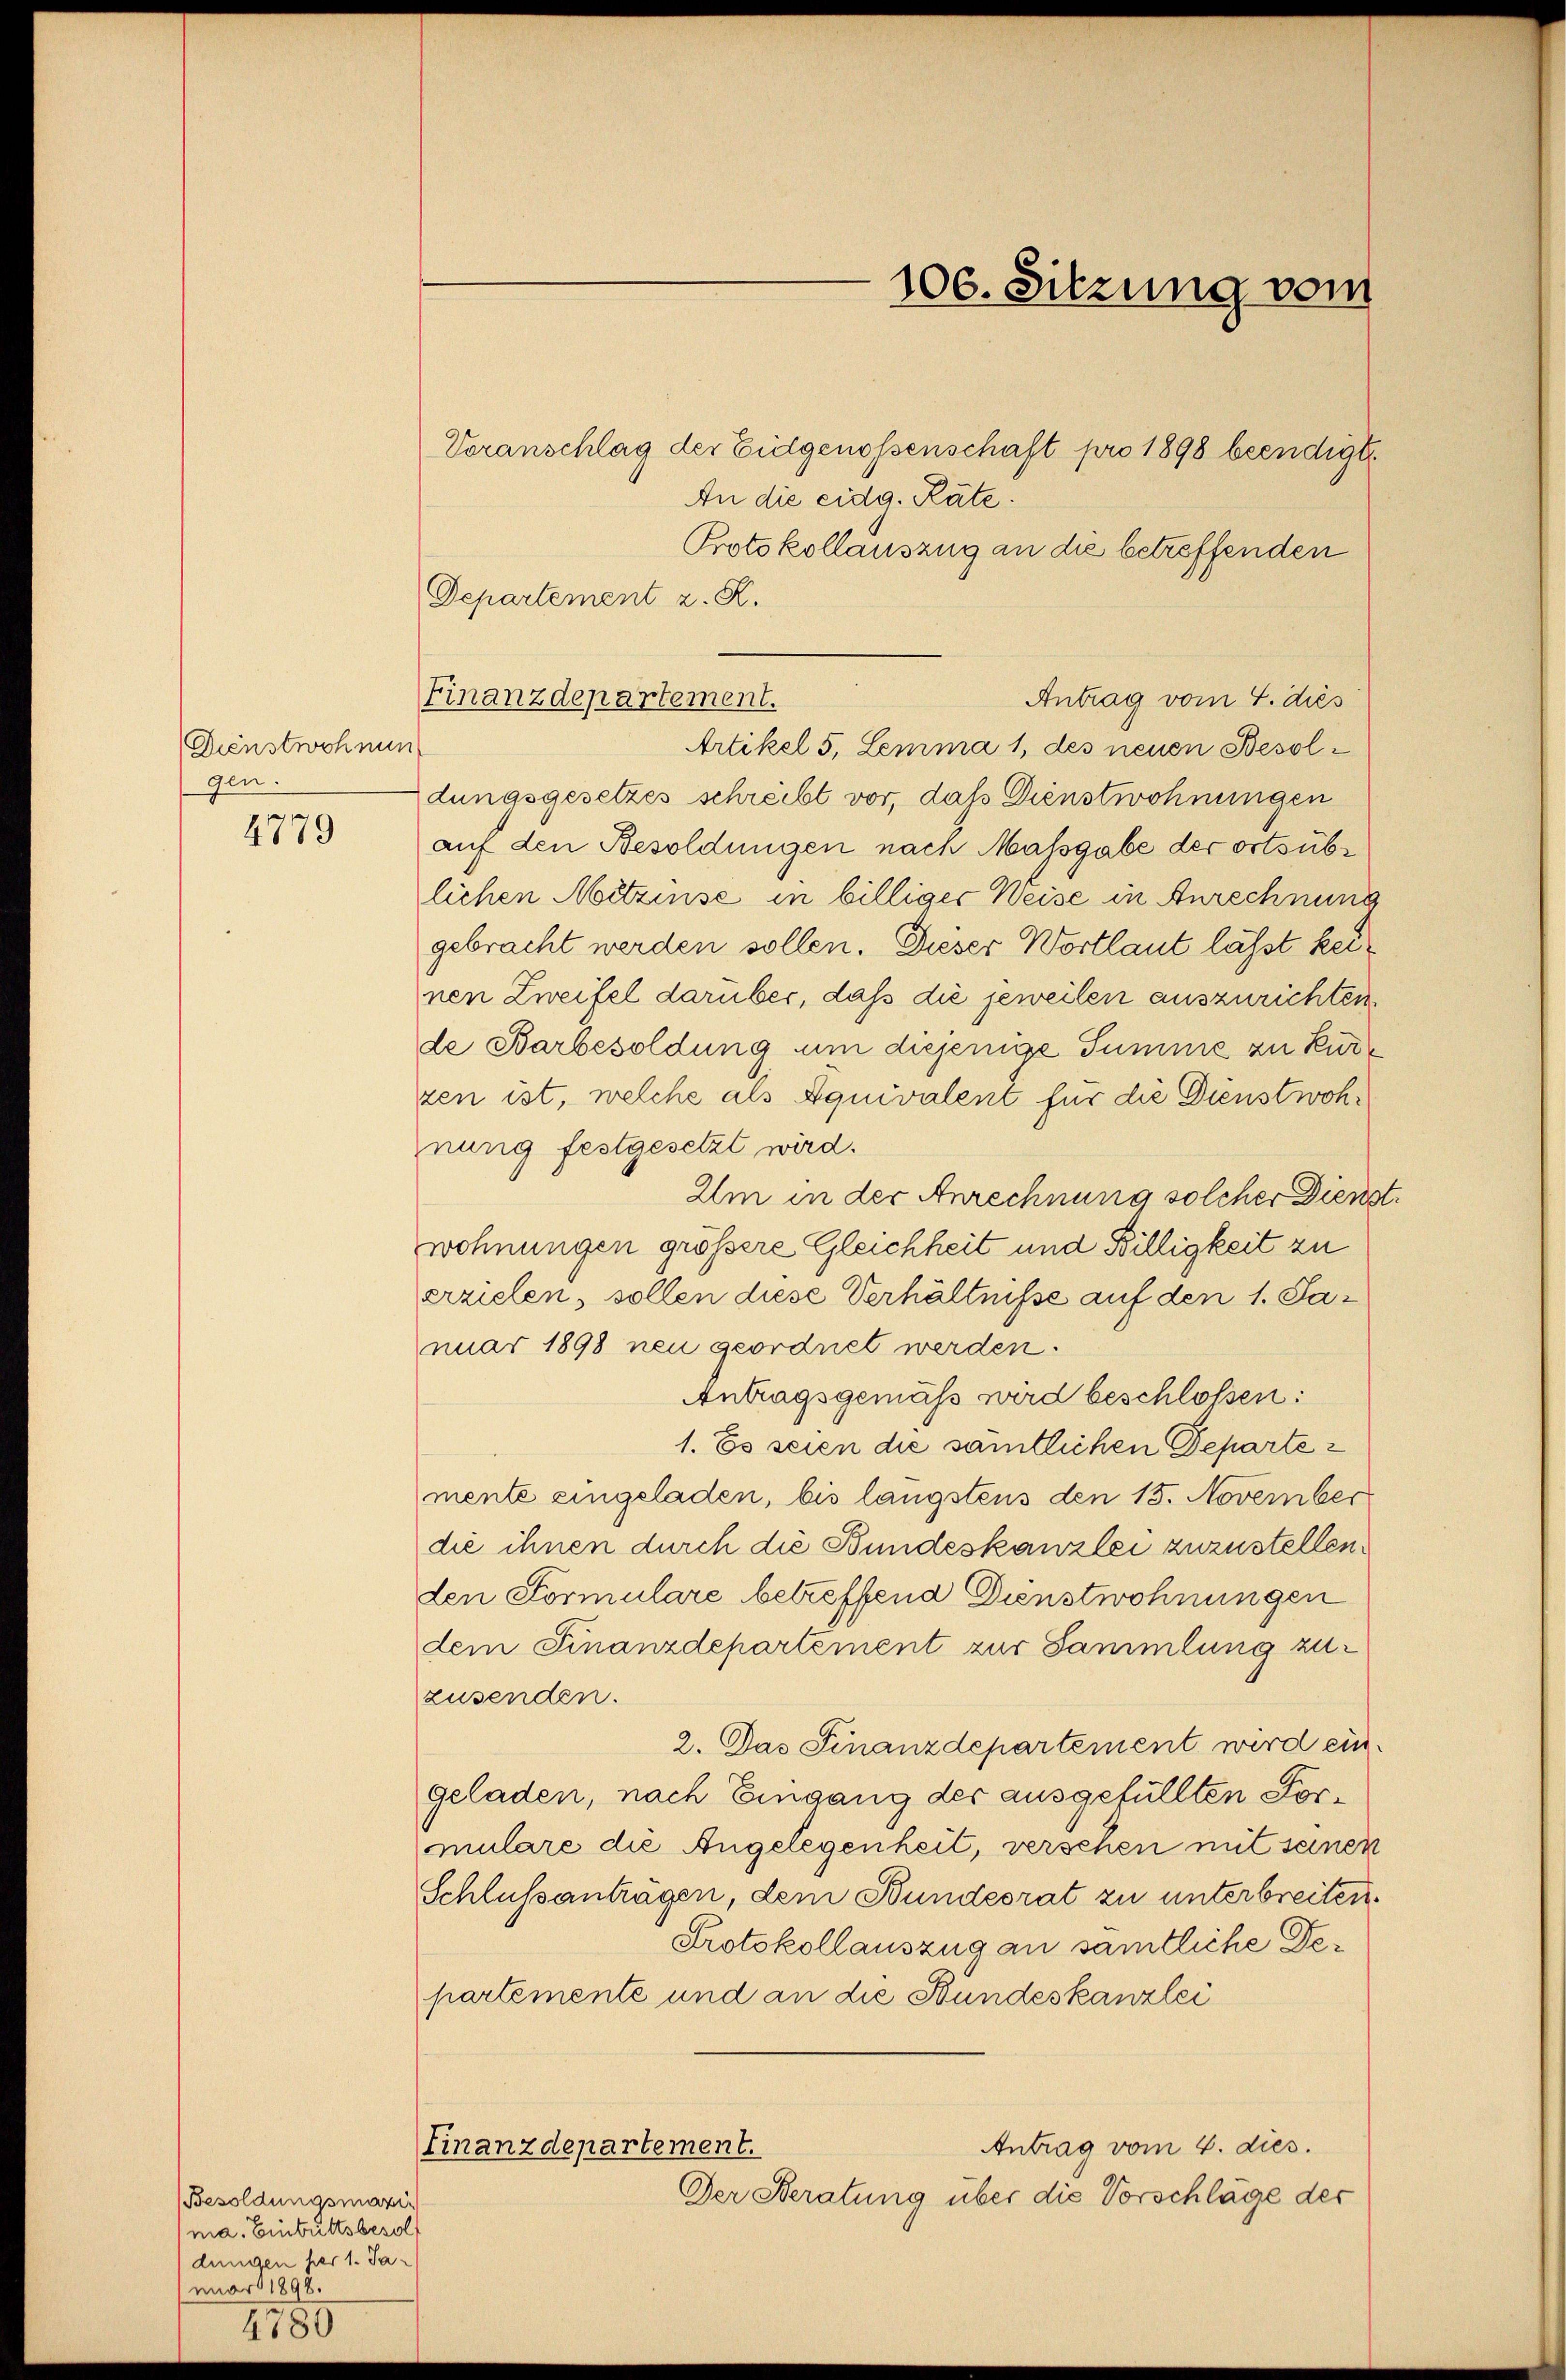
Dienstwohnung
gen.

4779

Besoldungsmaxima. Einbuttsbesol
dungen per 1. Jamnart 1898.

Voranschlag der Eidgenossenschaft pro 1898 beendigt
An die eidg. Räte.
Protokollauszug an die betreffenden
Departement z. R.
Antrag vom 4. dies
Finanzdepartement.
Artikel 5. Lemma 1, des neuen Besoldungsgesetzes schreibt vor, daß Dienstwohnungen
auf den Besoldungen nach Massgabe der ortsüblichen Mitzinse in billiger Weise in Anrechnung
gebracht werden sollen. Dieser Wortlaut lässt keinen Zweifel darüber, daß die jeweilen auszurichten,
de Barbesoldung um diejenige Summe zu kurzen ist, welche als Äquivalent für die Dienstwohnung festgesetzt wird.
Um in der Anrechnung solcher Dienst.
wohnungen größere Gleichheit und Billigkeit zu
erzielen, sollen diese Verhältnisse auf den 1. Januar 1898 neu geordnet werden.
Antragsgemäß wird beschlossen:
1. Es seien die sämtlichen Departe
mente eingeladen, bis längstens den 15. November
die ihnen durch die Bundeskanzlei zuzustellen.
den Formulare betreffend Dienstwohnungen
dem Finanzdepartement zur Sammlung zuzusenden.
2. Das Finanzdepartement wird ein
geladen, nach Eingang des ausgefüllten Formulare die Angelegenheit, verschen mit seinen
Schlussanträgen, dem Bundesrat zu unterbreiten.
Protokollauszug an sämtliche Departemente und an die Bundeskanzlei
Antrag vom 4. dies
Finanzdepartement.
Der Steratung über die Vorschläge der

106. Sitzung vom